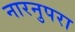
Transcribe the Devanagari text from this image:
नारनुपरा